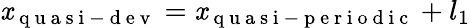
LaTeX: \mathit{x}_{\mathrm{{~q~u~a~s~i~-~d~e~v~}}}=\mathit{x}_{\mathrm{{~q~u~a~s~i~-~p~e~r~i~o~d~i~c~}}}+l_{1}